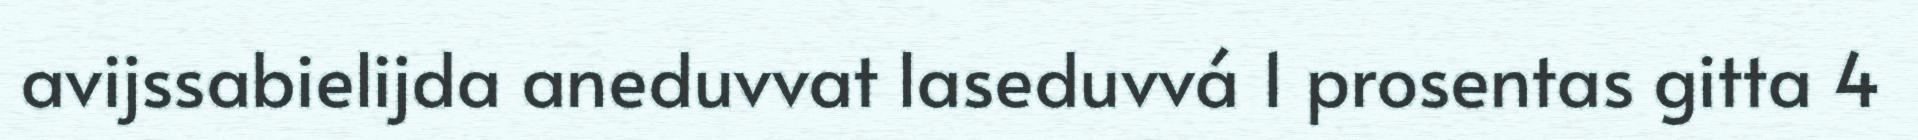
avijssabielijda aneduvvat laseduvvá 1 prosentas gitta 4